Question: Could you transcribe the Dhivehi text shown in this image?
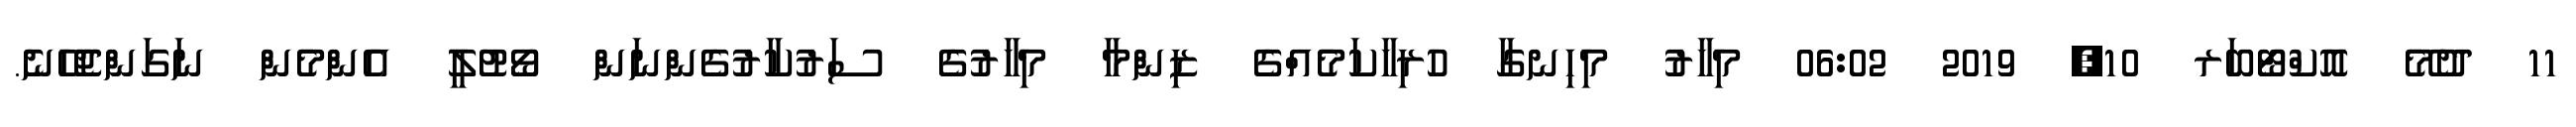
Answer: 11 ދުމޭ އޮކްޓޯބަރ 10, 2019 06:02 މިހާރު މިހިނގާ ހުރިހާކަމެއްގެ ޒިންމާ މިހާރުގެ ސަރުކާރުގެންނަން ވޯޓުލީ އެންމެން ނަގަންޖެހޭނެ.